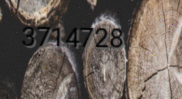
3714728